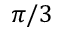
\pi / 3